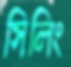
সিলিং